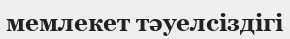
мемлекет тәуелсіздігі